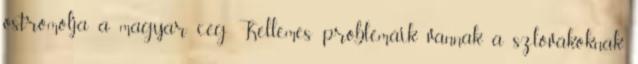
ostromolja a magyar cég Kellemes problémáik vannak a szlovákoknak